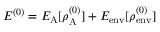
E ^ { ( 0 ) } = E _ { \mathrm { A } } [ \rho _ { \mathrm { A } } ^ { ( 0 ) } ] + E _ { \mathrm { e n v } } [ \rho _ { \mathrm { e n v } } ^ { ( 0 ) } ]